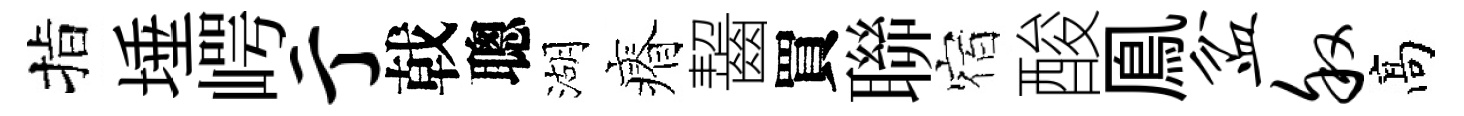
指埵崿亍戟聰湖瘠齧買聯宿酸鳯盆叙髙